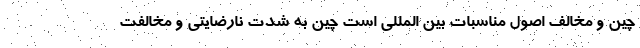
چین و مخالف اصول مناسبات بین المللی است چین به شدت نارضایتی و مخالفت